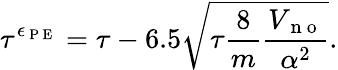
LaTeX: \tau^{\epsilon_{\mathrm{~P~E~}}}=\tau-6.5\sqrt{\tau\frac{8}{m}\frac{V_{\mathrm{~n~o~}}}{\alpha^{2}}}.